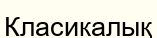
Класикалық